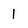
Character: 1